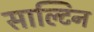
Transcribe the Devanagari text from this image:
साल्टिन